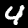
Label: 4